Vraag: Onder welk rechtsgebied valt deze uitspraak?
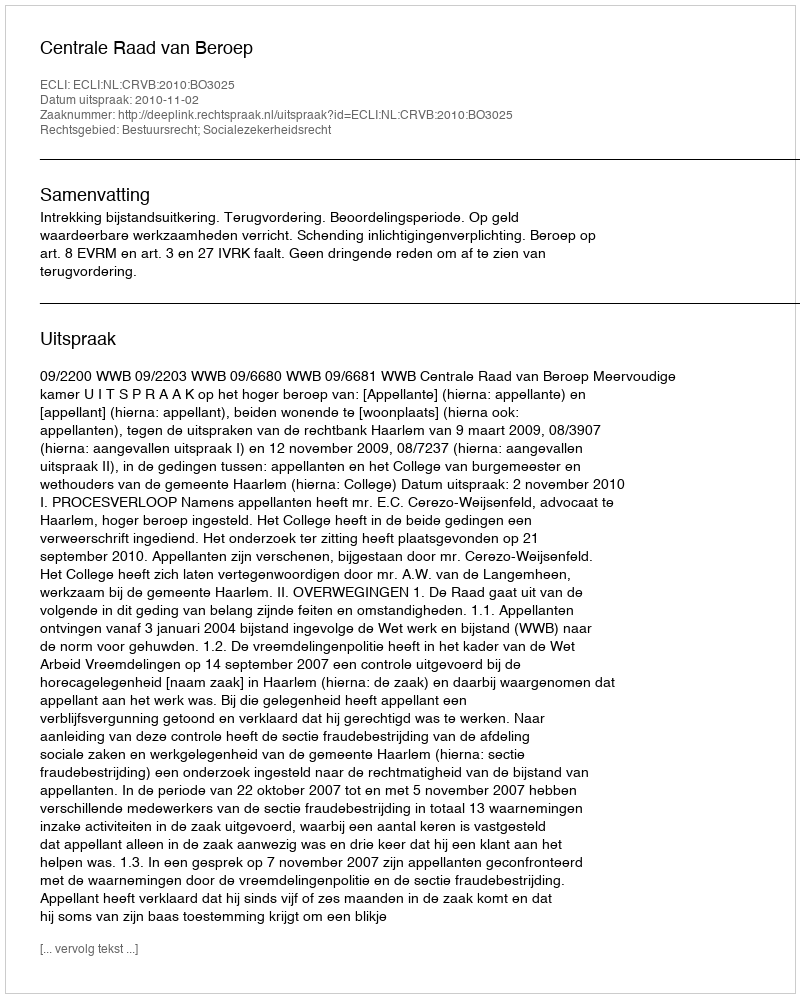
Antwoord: Bestuursrecht; Socialezekerheidsrecht